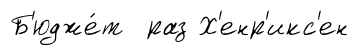
Б'юдже́т раз Х'енр'икс'ен